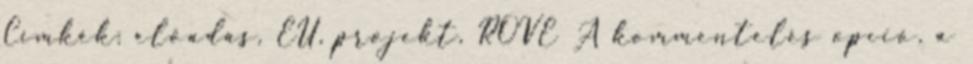
Címkék: előadás, EU, projekt, ROVE A kommentelés opció, a